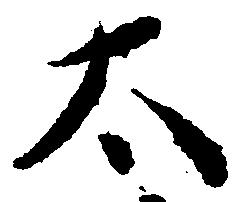
太